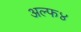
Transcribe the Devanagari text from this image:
अल्फ४